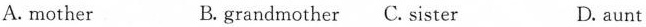
A. mother B. Grandmother C. Sister D. aunt